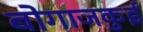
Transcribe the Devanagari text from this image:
बोगाजकुई